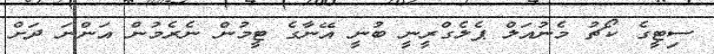
ސިޓީގެ ކޯޗު މެނުއަލް ޕެލެގްރީނީ ބުނީ އޭނާގެ ޓީމުން ނެރެމުން އަންނަ ދަށް